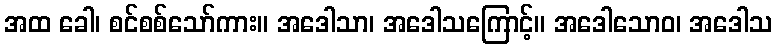
အထ ခေါ၊ စင်စစ်သော်ကား။ အဒေါသာ၊ အဒေါသကြောင့်။ အဒေါသောဝ၊ အဒေါသ